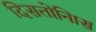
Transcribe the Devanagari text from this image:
दिसतोनिास